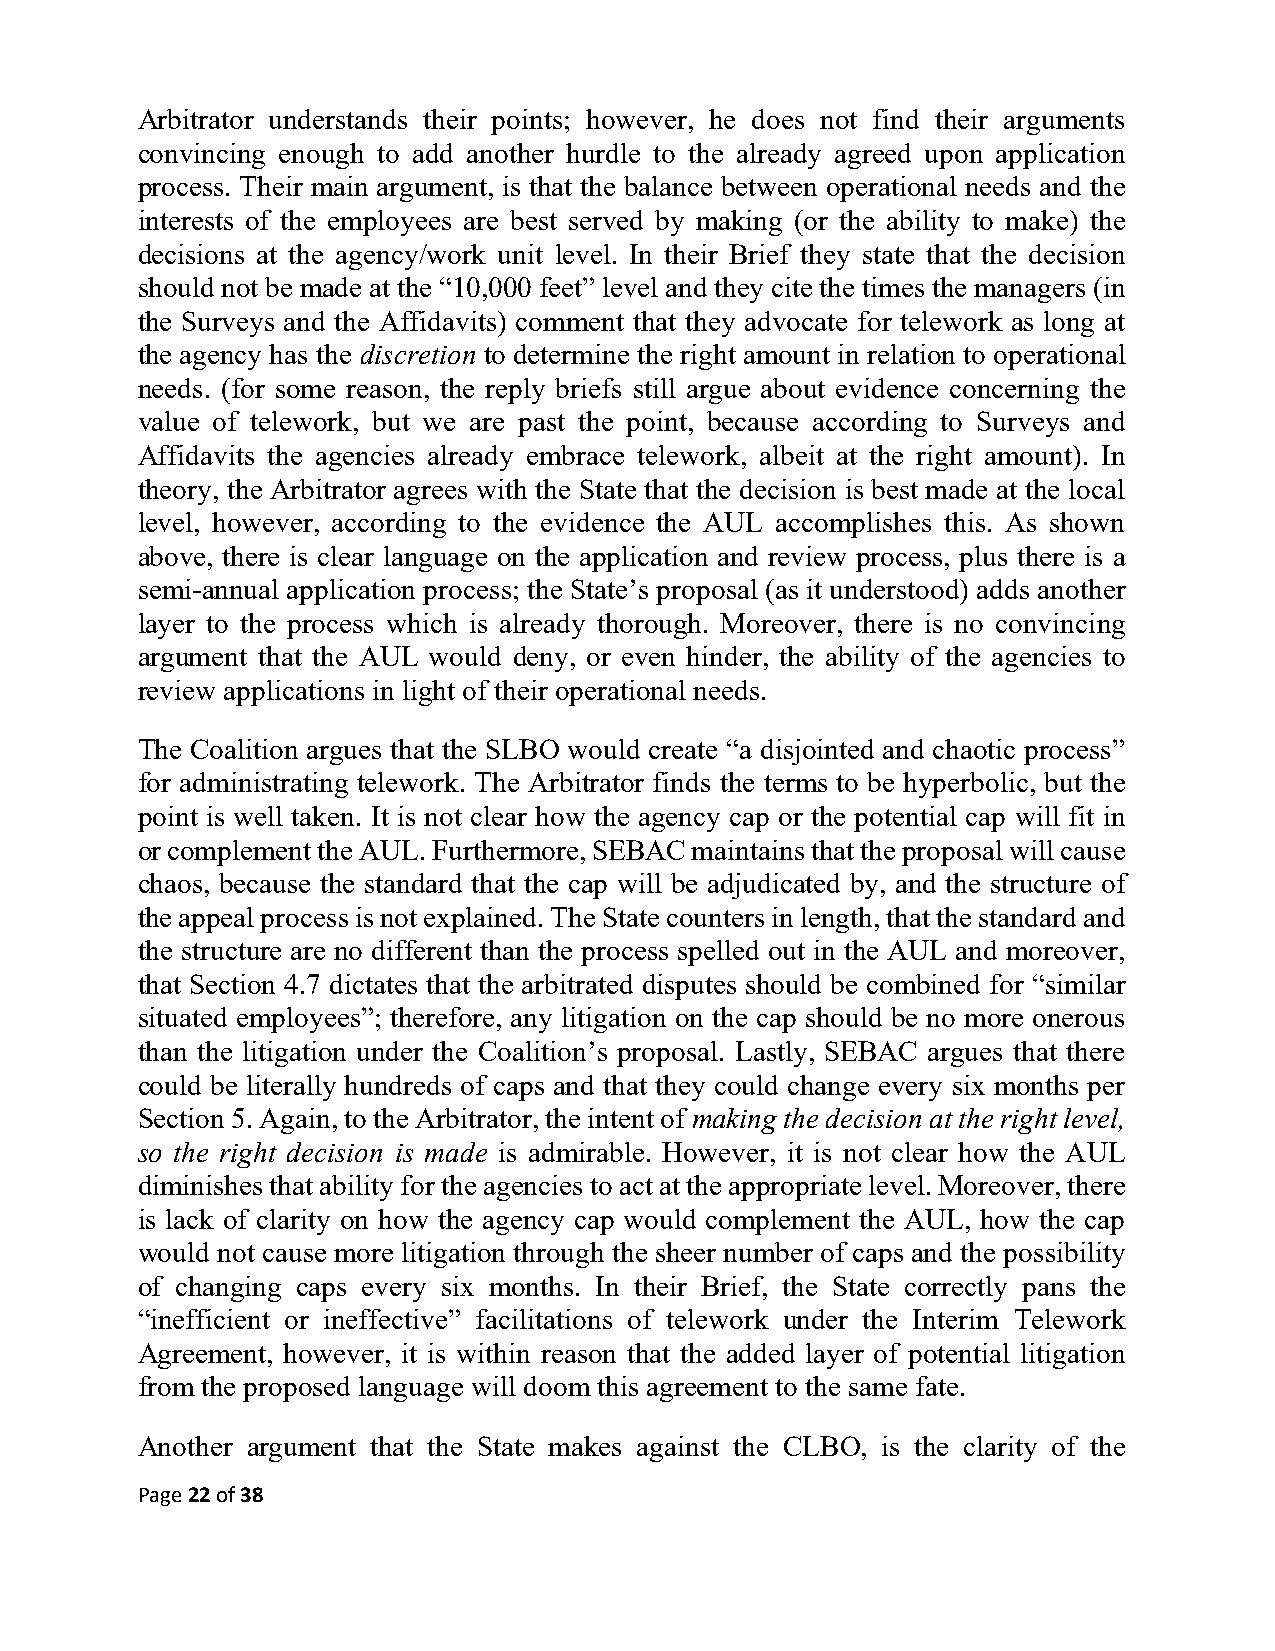
Arbitrator understands their points; however, he does not find their arguments
 convincing enough to add another hurdle to the already agreed upon application
 process. Their main argument, is that the balance between operational needs and the
 interests of the employees are best served by making (or the ability to make) the
 decisions at the agency/work unit level. In their Brief they state that the decision
 should not be made at the “10,000 feet” level and they cite the times the managers (in
 the Surveys and the Affidavits) comment that they advocate for telework as long at
 the agency has the discretion to determine the right amount in relation to operational
 needs. (for some reason, the reply briefs still argue about evidence concerning the
 value of telework, but we are past the point, because according to Surveys and
 Affidavits the agencies already embrace telework, albeit at the right amount). In
 theory, the Arbitrator agrees with the State that the decision is best made at the local
 level, however, according to the evidence the AUL accomplishes this. As shown
 above, there is clear language on the application and review process, plus there is a
 semi-annual application process; the State’s proposal (as it understood) adds another
 layer to the process which is already thorough. Moreover, there is no convincing
 argument that the AUL would deny, or even hinder, the ability of the agencies to
 review applications in light of their operational needs.
 The Coalition argues that the SLBO would create “a disjointed and chaotic process”
 for administrating telework. The Arbitrator finds the terms to be hyperbolic, but the
 point is well taken. It is not clear how the agency cap or the potential cap will fit in
 or complement the AUL. Furthermore, SEBAC maintains that the proposal will cause
 chaos, because the standard that the cap will be adjudicated by, and the structure of
 the appeal process is not explained. The State counters in length, that the standard and
 the structure are no different than the process spelled out in the AUL and moreover,
 that Section 4.7 dictates that the arbitrated disputes should be combined for “similar
 situated employees”; therefore, any litigation on the cap should be no more onerous
 than the litigation under the Coalition’s proposal. Lastly, SEBAC argues that there
 could be literally hundreds of caps and that they could change every six months per
 Section 5. Again, to the Arbitrator, the intent of making the decision at the right level,
 so the right decision is made is admirable. However, it is not clear how the AUL
 diminishes that ability for the agencies to act at the appropriate level. Moreover, there
 is lack of clarity on how the agency cap would complement the AUL, how the cap
 would not cause more litigation through the sheer number of caps and the possibility
 of changing caps every six months. In their Brief, the State correctly pans the
 “inefficient or ineffective” facilitations of telework under the Interim Telework
 Agreement, however, it is within reason that the added layer of potential litigation
 from the proposed language will doom this agreement to the same fate.
 Another argument that the State makes against the CLBO, is the clarity of the
 Page 22 of 38